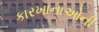
કારખાનાઓની